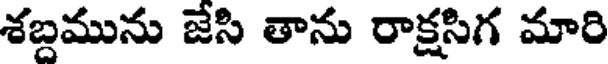
శబ్దమును జేసి తాను రాక్షసిగ మారి